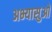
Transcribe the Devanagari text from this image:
अभ्यासुओ